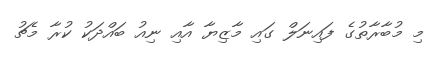
މި މުބާރާތުގެ ފައިނަލް ގައި މާޒިޔާ އާއި ނިއު ބައްދަކު ކުރާ މެޗު